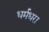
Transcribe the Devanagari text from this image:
धर्मधरा